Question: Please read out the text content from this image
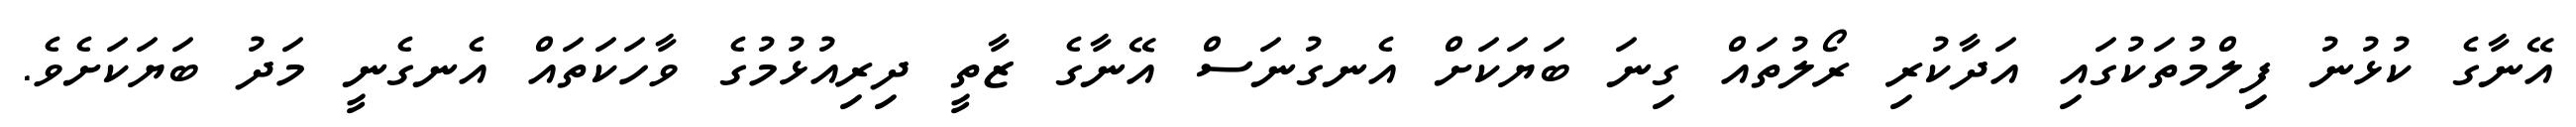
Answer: އޭނާގެ ކުޅުނު ފިލްމުތަކުގައި އަދާކުރި ރޯލުތައް ގިނަ ބަޔަކަށް އެނގުނަސް އޭނާގެ ޒާތީ ދިރިއުޅުމުގެ ވާހަކަތައް އެނގެނީ މަދު ބަޔަކަށެވެ.